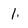
Character: 1